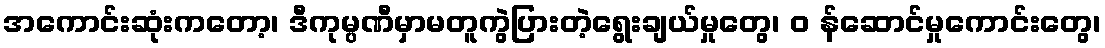
အကောင်းဆုံးကတော့၊ ဒီကုမ္ပဏီမှာမတူကွဲပြားတဲ့ရွေးချယ်မှုတွေ၊ ၀ န်ဆောင်မှုကောင်းတွေ၊